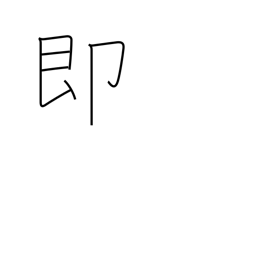
Meaning: instant